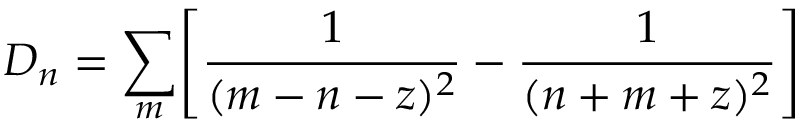
D _ { n } = \sum _ { m } \Biggl [ { \frac { 1 } { ( m - n - z ) ^ { 2 } } } - { \frac { 1 } { ( n + m + z ) ^ { 2 } } } \Biggr ]